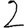
Digit: 2